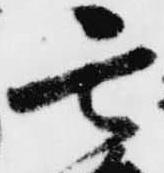
玄